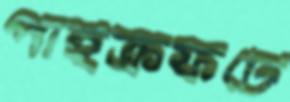
পাইক্রফটে